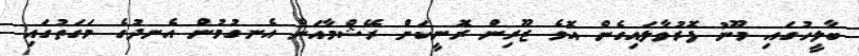
ބާލީހުގައި މޫނު ފޮރުވާލައިގެން އޮވެ ޒޫރިން ރޮނީކަން ރޭޝްމާއަށް އެނގުމުން އެނދުގެ މަގަތުގައި